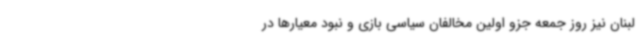
لبنان نیز روز جمعه جزو اولین مخالفان سیاسی بازی و نبود معیارها در